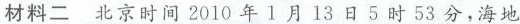
国际救援队飞赴海地，支援海地抢险救灾。